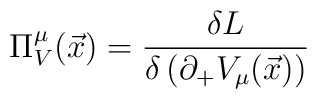
\Pi^\mu_V({\vec x}) = \frac{\delta { L}}{\delta\left(\partial_+V_\mu (\vec{x}) \right)}